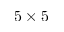
5 \times 5